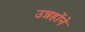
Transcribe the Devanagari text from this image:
उन्नहोंने